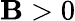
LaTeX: \mathbf{B}>0